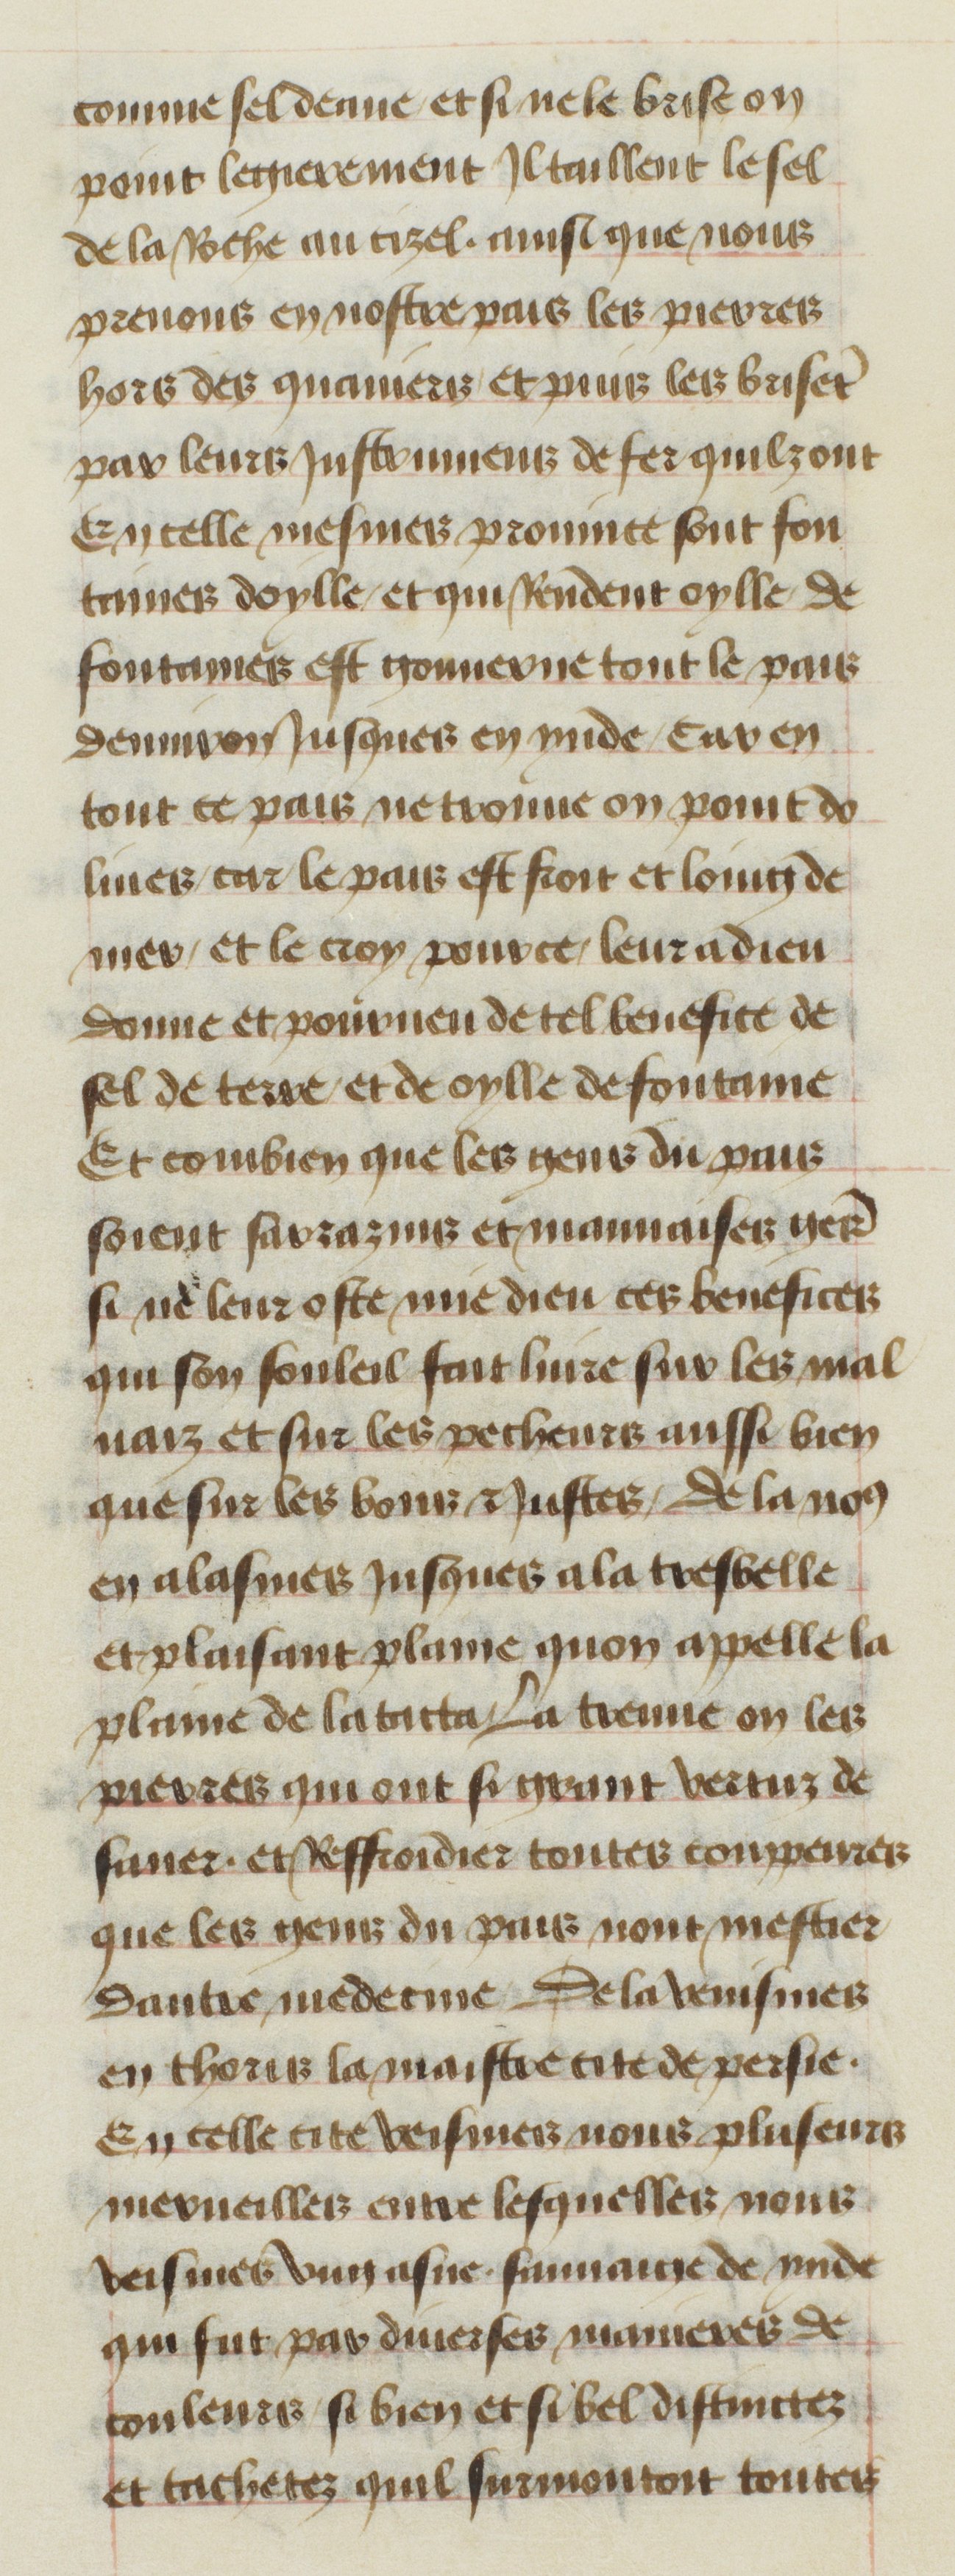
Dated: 1400–1449